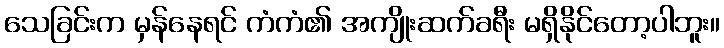
သေခြင်းက မှန်နေရင် ကံကံ၏ အကျိုးဆက်ခရီး မရှိနိုင်တော့ပါဘူး။